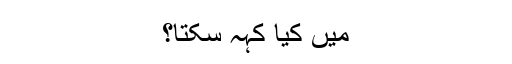
میں کیا کہہ سکتا؟